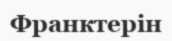
Франктерін